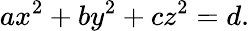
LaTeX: ax^{2}+by^{2}+cz^{2}=d.